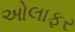
ઓલાફર